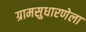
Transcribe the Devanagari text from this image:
ग्रामसुधारणेला